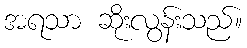
အရသာ ဆိုးလွန်းသည်။